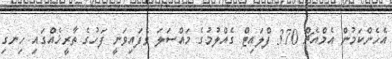
އެހެންކަމުން އެމްއެޗް 370 ފްލައިޓް ގެއްލުމުގެ މައްސަލަ ވެފައިވަނީ ފަހުގެ ތާރީޚެއްގައި ހިނގި